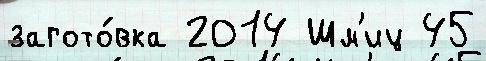
загото́вка 2014 Шм'иц 45